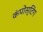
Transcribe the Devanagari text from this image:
कंपोस्टिंग